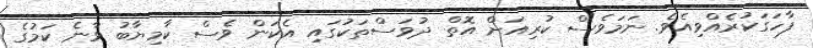
ފާހަގަކުރެއްވިއެވެ. ނަމަވެސް ކުރިއަށް އޮތް ދުވަސްތަކުގައި އެކަން ވެސް ކާމިޔާބު ވާނެ ކަމުގެ